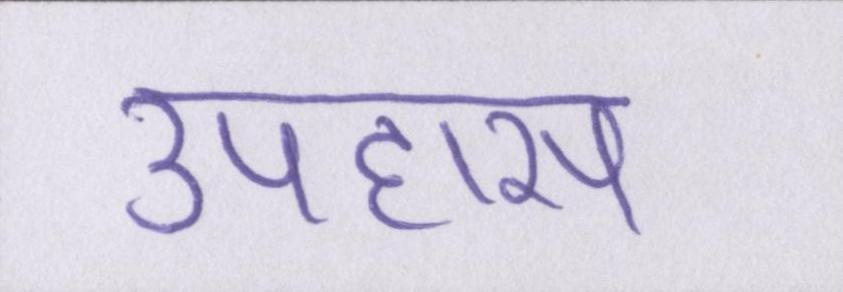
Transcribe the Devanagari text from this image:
उपहास